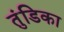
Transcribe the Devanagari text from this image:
तुंडिका